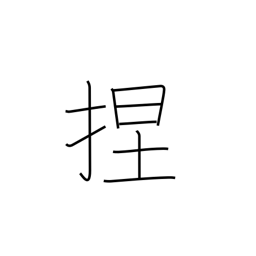
Meaning: knead